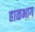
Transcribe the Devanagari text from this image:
हाळभाग